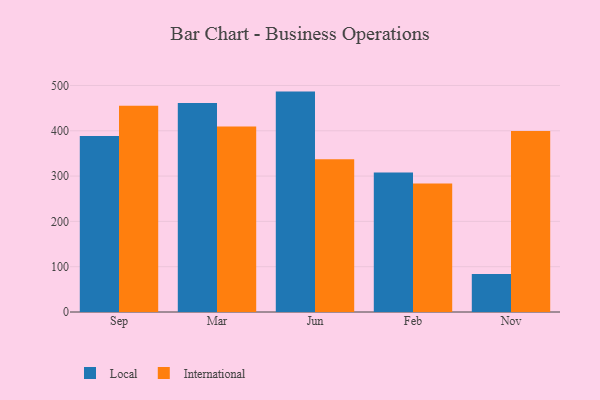
{"axis": {"x": "Month", "y": "Backlog"}, "legend": ["International", "Local"], "data": [{"x": "Sep", "y": 388.5, "type": "Local"}, {"x": "Sep", "y": 455.5, "type": "International"}, {"x": "Mar", "y": 461.5, "type": "Local"}, {"x": "Mar", "y": 409.5, "type": "International"}, {"x": "Jun", "y": 486.5, "type": "Local"}, {"x": "Jun", "y": 337.1, "type": "International"}, {"x": "Feb", "y": 307.8, "type": "Local"}, {"x": "Feb", "y": 283.5, "type": "International"}, {"x": "Nov", "y": 83.7, "type": "Local"}, {"x": "Nov", "y": 399.8, "type": "International"}]}